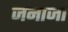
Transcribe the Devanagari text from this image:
जनाजा